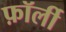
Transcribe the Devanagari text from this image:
फ़ॉर्ली